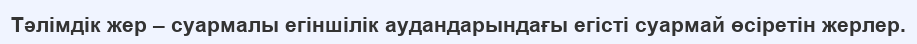
Тәлімдік жер – суармалы егіншілік аудандарындағы егісті суармай өсіретін жерлер.